Vaccination United Provinces of Agra and Oudh 1902-1913 - 1902-1913
Year: 1902
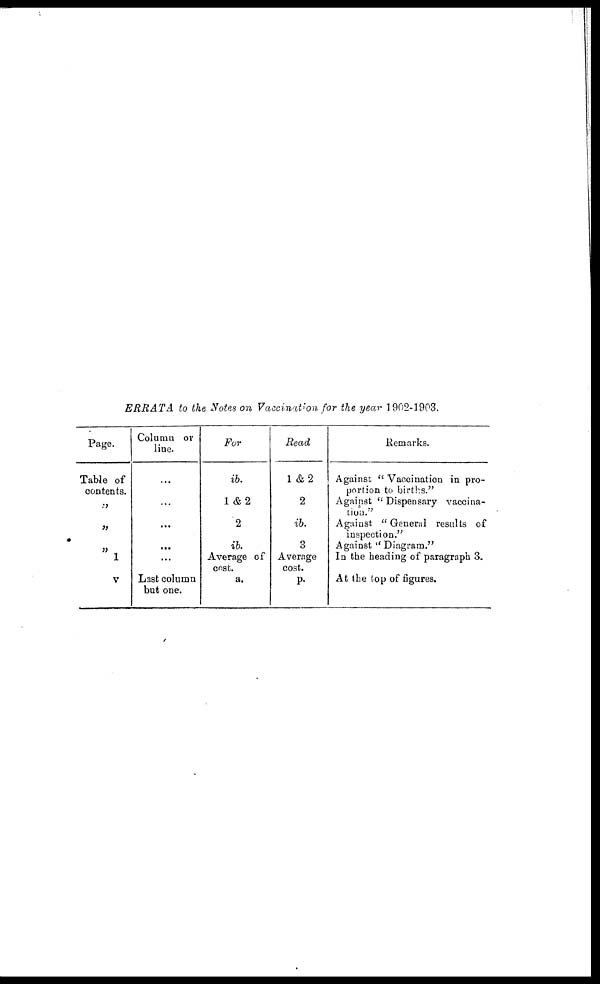
ERRATA to the Notes on Vaccination for the year 1902-1903.
Page.
Table of
contents.
„
„
„
1
V
Column or
line.
...
...
...
...
...
Last column
but one.
For
ib.
1&2
2
ib.
Average of
Cost.
a.
Read
1 &2
2
ib.
3
Average
cost.
p.
Remarks.
Against " Vaccination in pro-
portion to births."
Against "Dispensary vaccina-
tion."
Against " General results of
inspection."
Against "Diagram."
In the heading of paragraph 3.
At the top of figures.